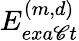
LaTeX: E_{exa\mathscr{C}t}^{(m,d)}